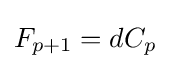
F_{p+1}=dC_{p}